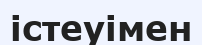
істеуімен